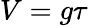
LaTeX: V=g\tau